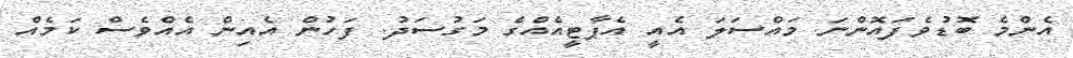
އެންމެ ބޮޑުވެފައޮންނަ މައްސަލަ އެއީ އެޕާޓީއެއްގެ މަގުސަދު. ފަހުން އެއިން އެއްވެސް ކަމެއް